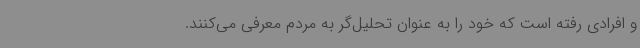
و افرادی رفته است که خود را به عنوان تحلیل‌گر به مردم معرفی می‌کنند.